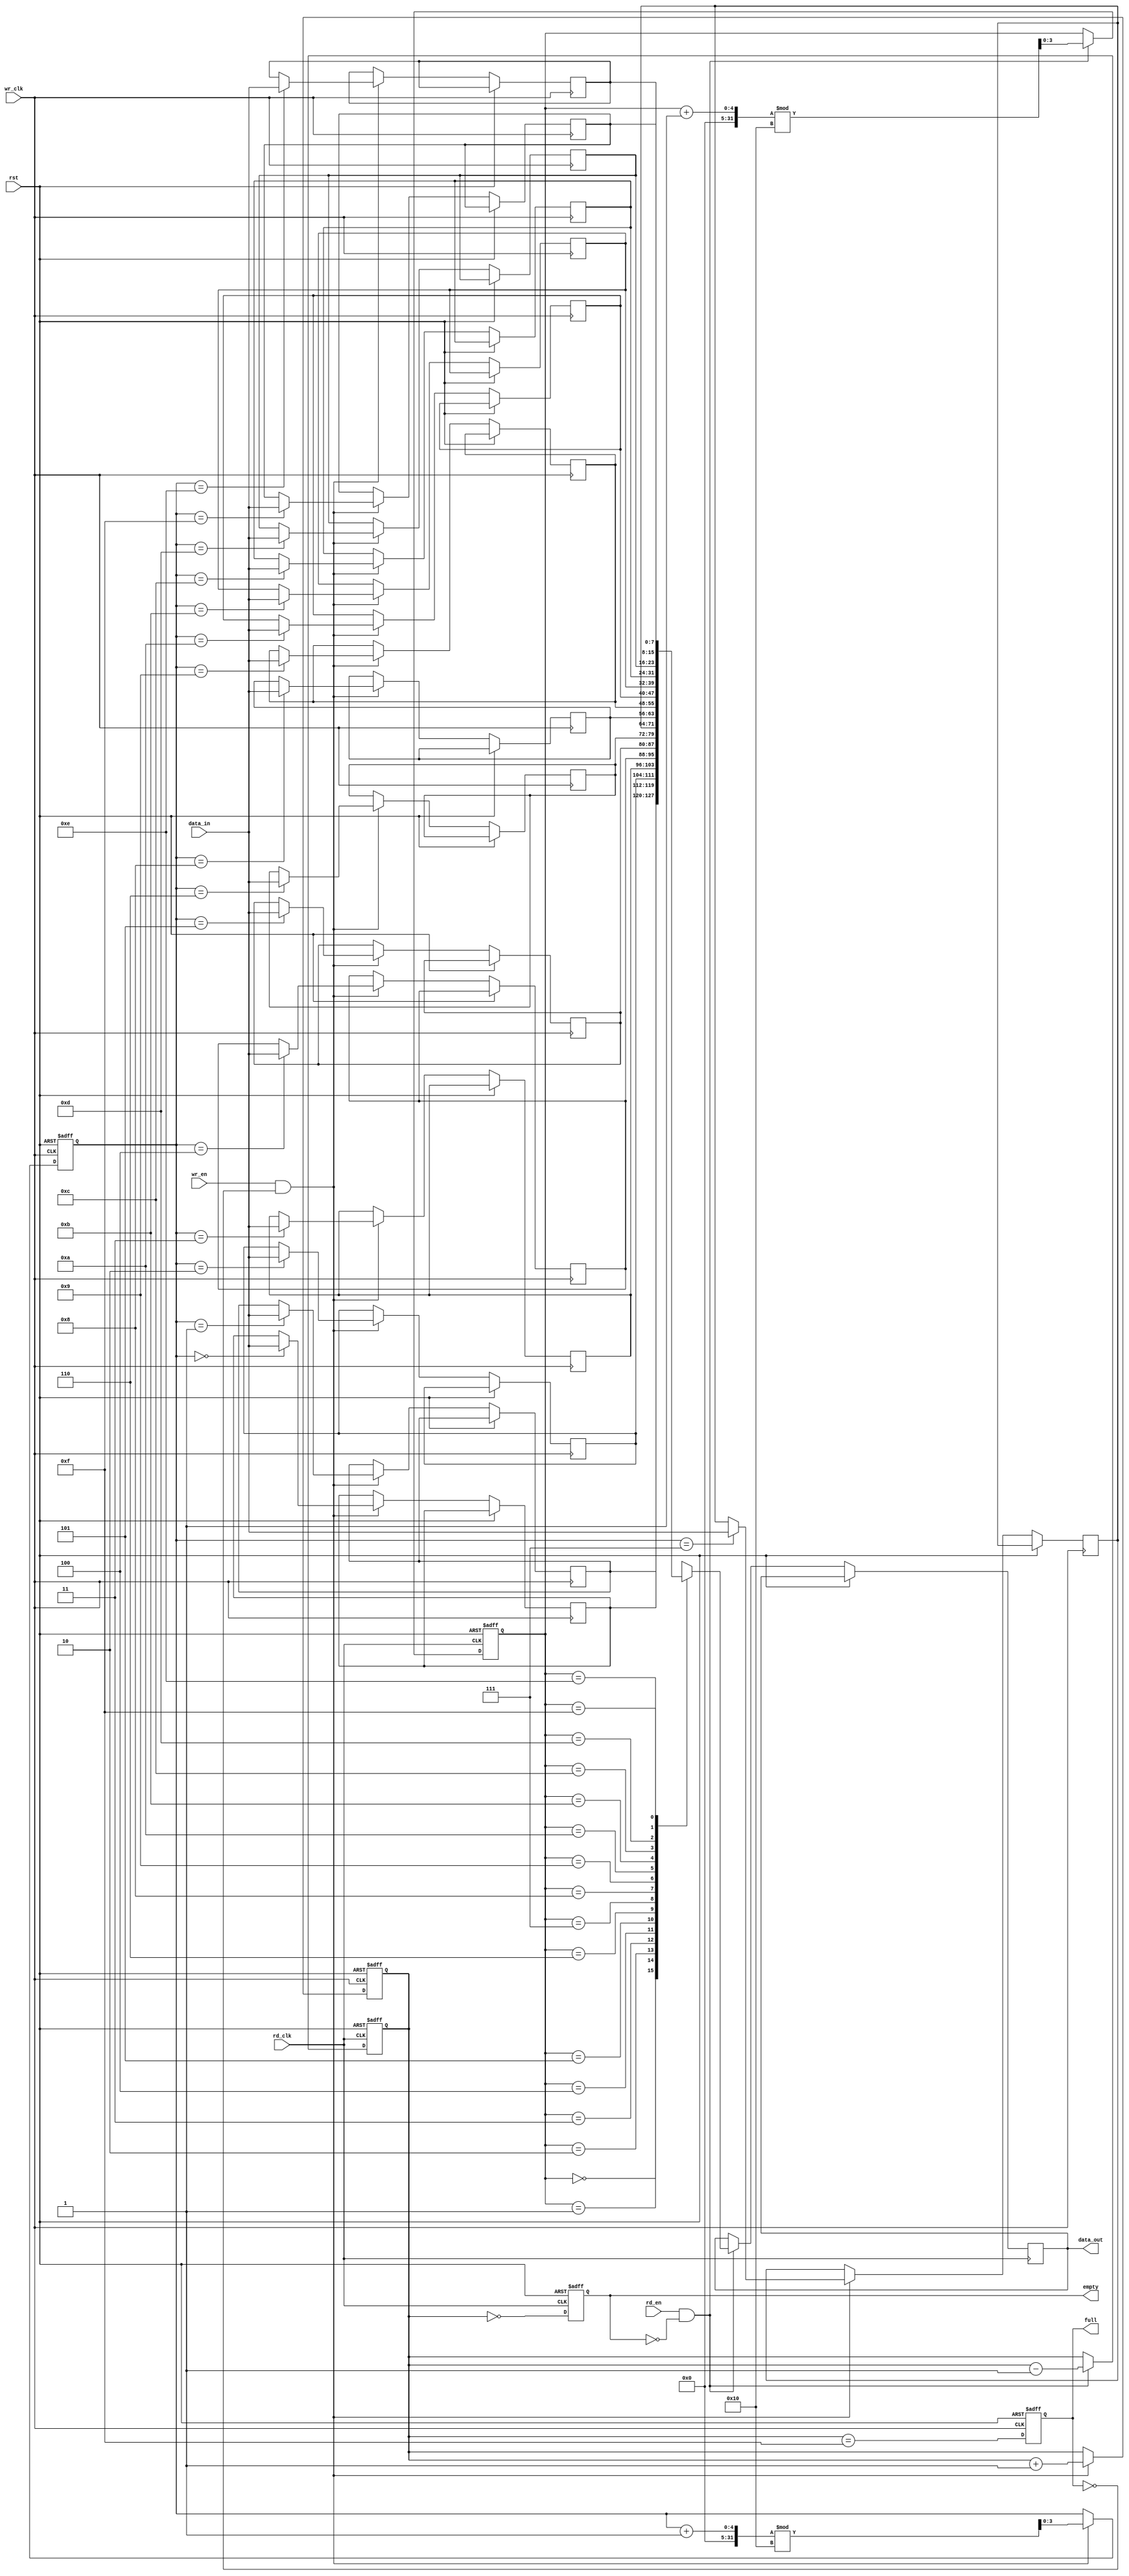
module dual_clock_fifo #(parameter DATA_WIDTH = 8, parameter FIFO_DEPTH = 16) (
    input wire wr_clk,           // Write clock
    input wire rd_clk,           // Read clock
    input wire rst,              // Asynchronous reset
    input wire wr_en,            // Write enable
    input wire rd_en,            // Read enable
    input wire [DATA_WIDTH-1:0] data_in, // Data input
    output reg [DATA_WIDTH-1:0] data_out, // Data output
    output reg full,             // FIFO full flag
    output reg empty             // FIFO empty flag
);

    // Memory storage for the FIFO
    reg [DATA_WIDTH-1:0] fifo_mem [0:FIFO_DEPTH-1];
    
    // Write pointer and read pointer
    reg [$clog2(FIFO_DEPTH)-1:0] wr_ptr;
    reg [$clog2(FIFO_DEPTH)-1:0] rd_ptr;
    reg [$clog2(FIFO_DEPTH+1)-1:0] count; // Count of entries in the FIFO

    // Asynchronous reset logic
    always @(posedge wr_clk or posedge rst) begin
        if (rst) begin
            wr_ptr <= 0;
            count <= 0;
            full <= 0;
        end else begin
            if (wr_en && !full) begin
                fifo_mem[wr_ptr] <= data_in; // Write data
                wr_ptr <= (wr_ptr + 1) % FIFO_DEPTH; // Update write pointer
                count <= count + 1; // Increment count
            end
            // Update full flag
            full <= (count == FIFO_DEPTH - 1);
        end
    end

    // Read logic
    always @(posedge rd_clk or posedge rst) begin
        if (rst) begin
            rd_ptr <= 0;
            count <= 0;
            empty <= 1;
        end else begin
            if (rd_en && !empty) begin
                data_out <= fifo_mem[rd_ptr]; // Read data
                rd_ptr <= (rd_ptr + 1) % FIFO_DEPTH; // Update read pointer
                count <= count - 1; // Decrement count
            end
            // Update empty flag
            empty <= (count == 0);
        end
    end

endmodule